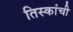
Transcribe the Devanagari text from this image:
तिस्कांची